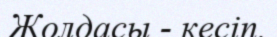
Жолдасы - кесіп.